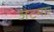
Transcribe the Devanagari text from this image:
जेटमार